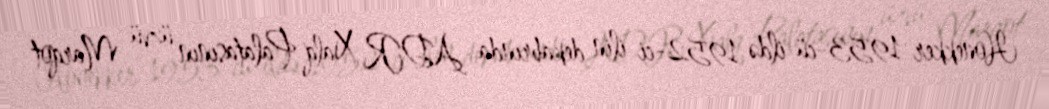
Honekker 1953-cü ildə 1952-ci ilin dekabrında ADR Xalq Palatasının üzvü Marqot